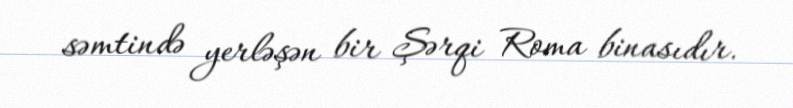
səmtində yerləşən bir Şərqi Roma binasıdır.